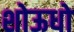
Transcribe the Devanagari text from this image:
शोऊधो